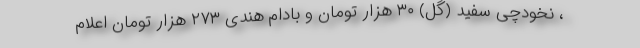
، نخودچی سفید (گُل) ۳۰ هزار تومان و بادام هندی ۲۷۳ هزار تومان اعلام